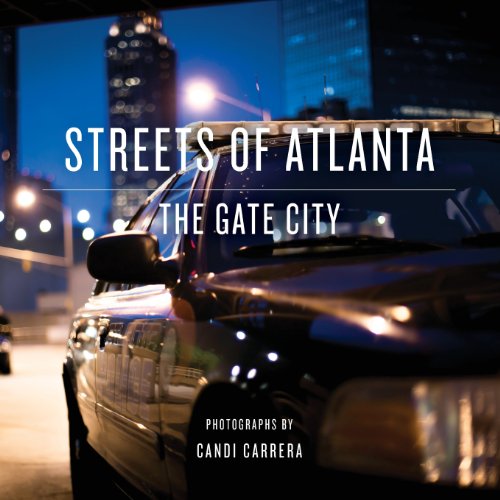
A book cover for Streets of Atlanta: The Gate City; Candi Carrera; Travel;